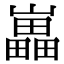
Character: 𡾋